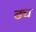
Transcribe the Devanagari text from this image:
ढ्य